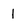
Character: 1